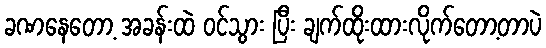
ခဏနေတော့ အခန်းထဲ ဝင်သွား ပြီး ချက်ထိုးထားလိုက်တော့တာပဲ